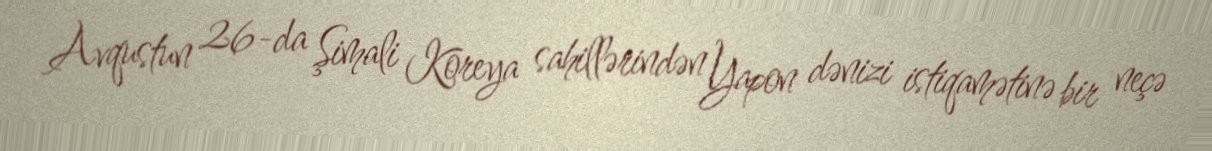
Avqustun 26-da Şimali Koreya sahillərindən Yapon dənizi istiqamətinə bir neçə